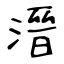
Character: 溍